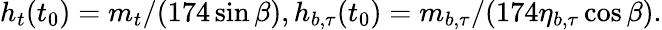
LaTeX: h_{t}(t_{0})=m_{t}/(174\sin\beta),h_{b,\tau}(t_{0})=m_{b,\tau}/(174\eta_{b,\tau}\cos\beta).